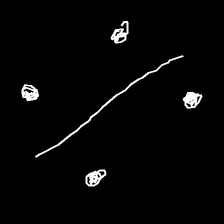
Glyph: cool